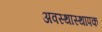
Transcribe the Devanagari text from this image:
अवस्थास्थापक